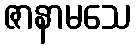
ဇာနာမသေ